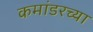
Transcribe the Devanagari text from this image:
कमांडरच्या